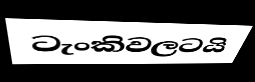
ටැංකිවලටයි